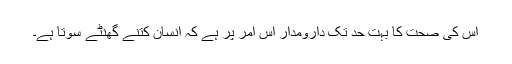
اس کی صحت کا بہت حد تک دارومدار اس امر پر ہے کہ انسان کتنے گھنٹے سوتا ہے۔